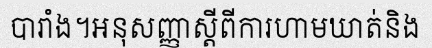
បារាំង។អនុសញ្ញាស្តីពីការហាមឃាត់និង